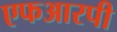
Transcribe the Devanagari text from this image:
एफआरपी